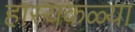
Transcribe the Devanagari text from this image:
हास्यकळ्या